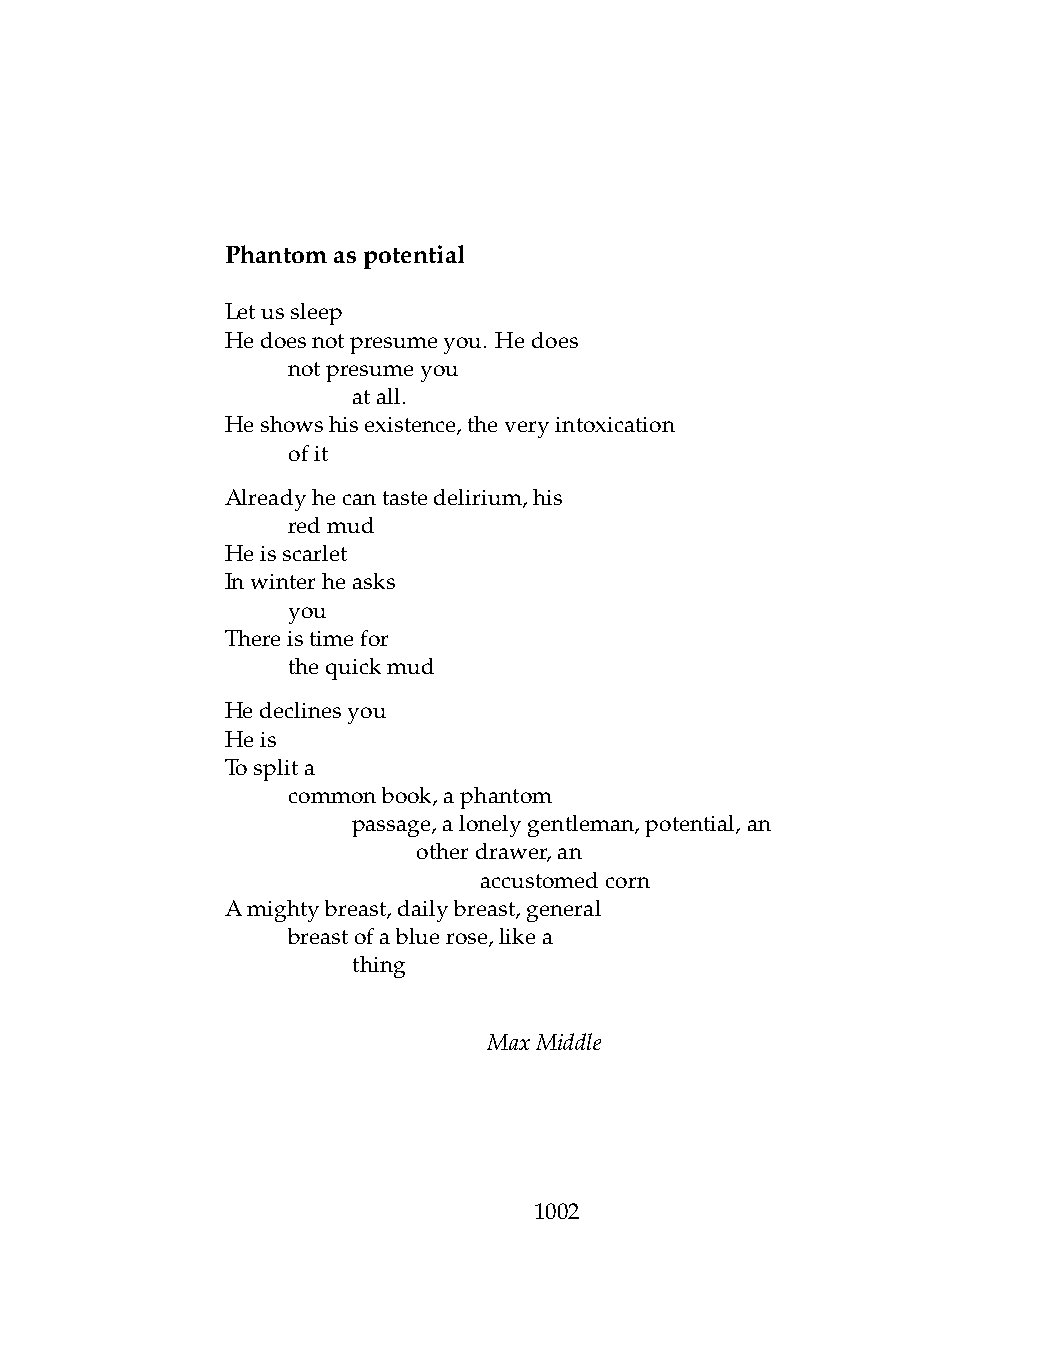
Phantomaspotential
 Letussleep
 Hedoesnotpresumeyou. Hedoes
 .   notpresumeyou
 .   .   atall.
 Heshowshisexistence,theveryintoxication
 .   ofit
 Alreadyhecantastedelirium,his
 .   redmud
 Heisscarlet
 Inwinterheasks
 .   you
 Thereistimefor
 .   thequickmud
 Hedeclinesyou
 Heis
 Tosplita
 .   commonbook,aphantom
 .   .   passage,alonelygentleman,potential,an
 .   .   .    otherdrawer,an
 .   .   .    .   accustomedcorn
 Amightybreast,dailybreast,general
 .   breastofabluerose,likea
 .   .   thing
 MaxMiddle
 1002